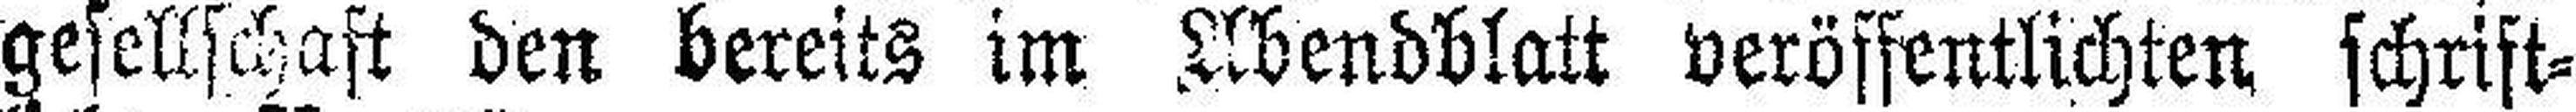
gesellschaft den bereits im Abendblatt veröffentlichten schrift¬